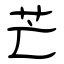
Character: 芒